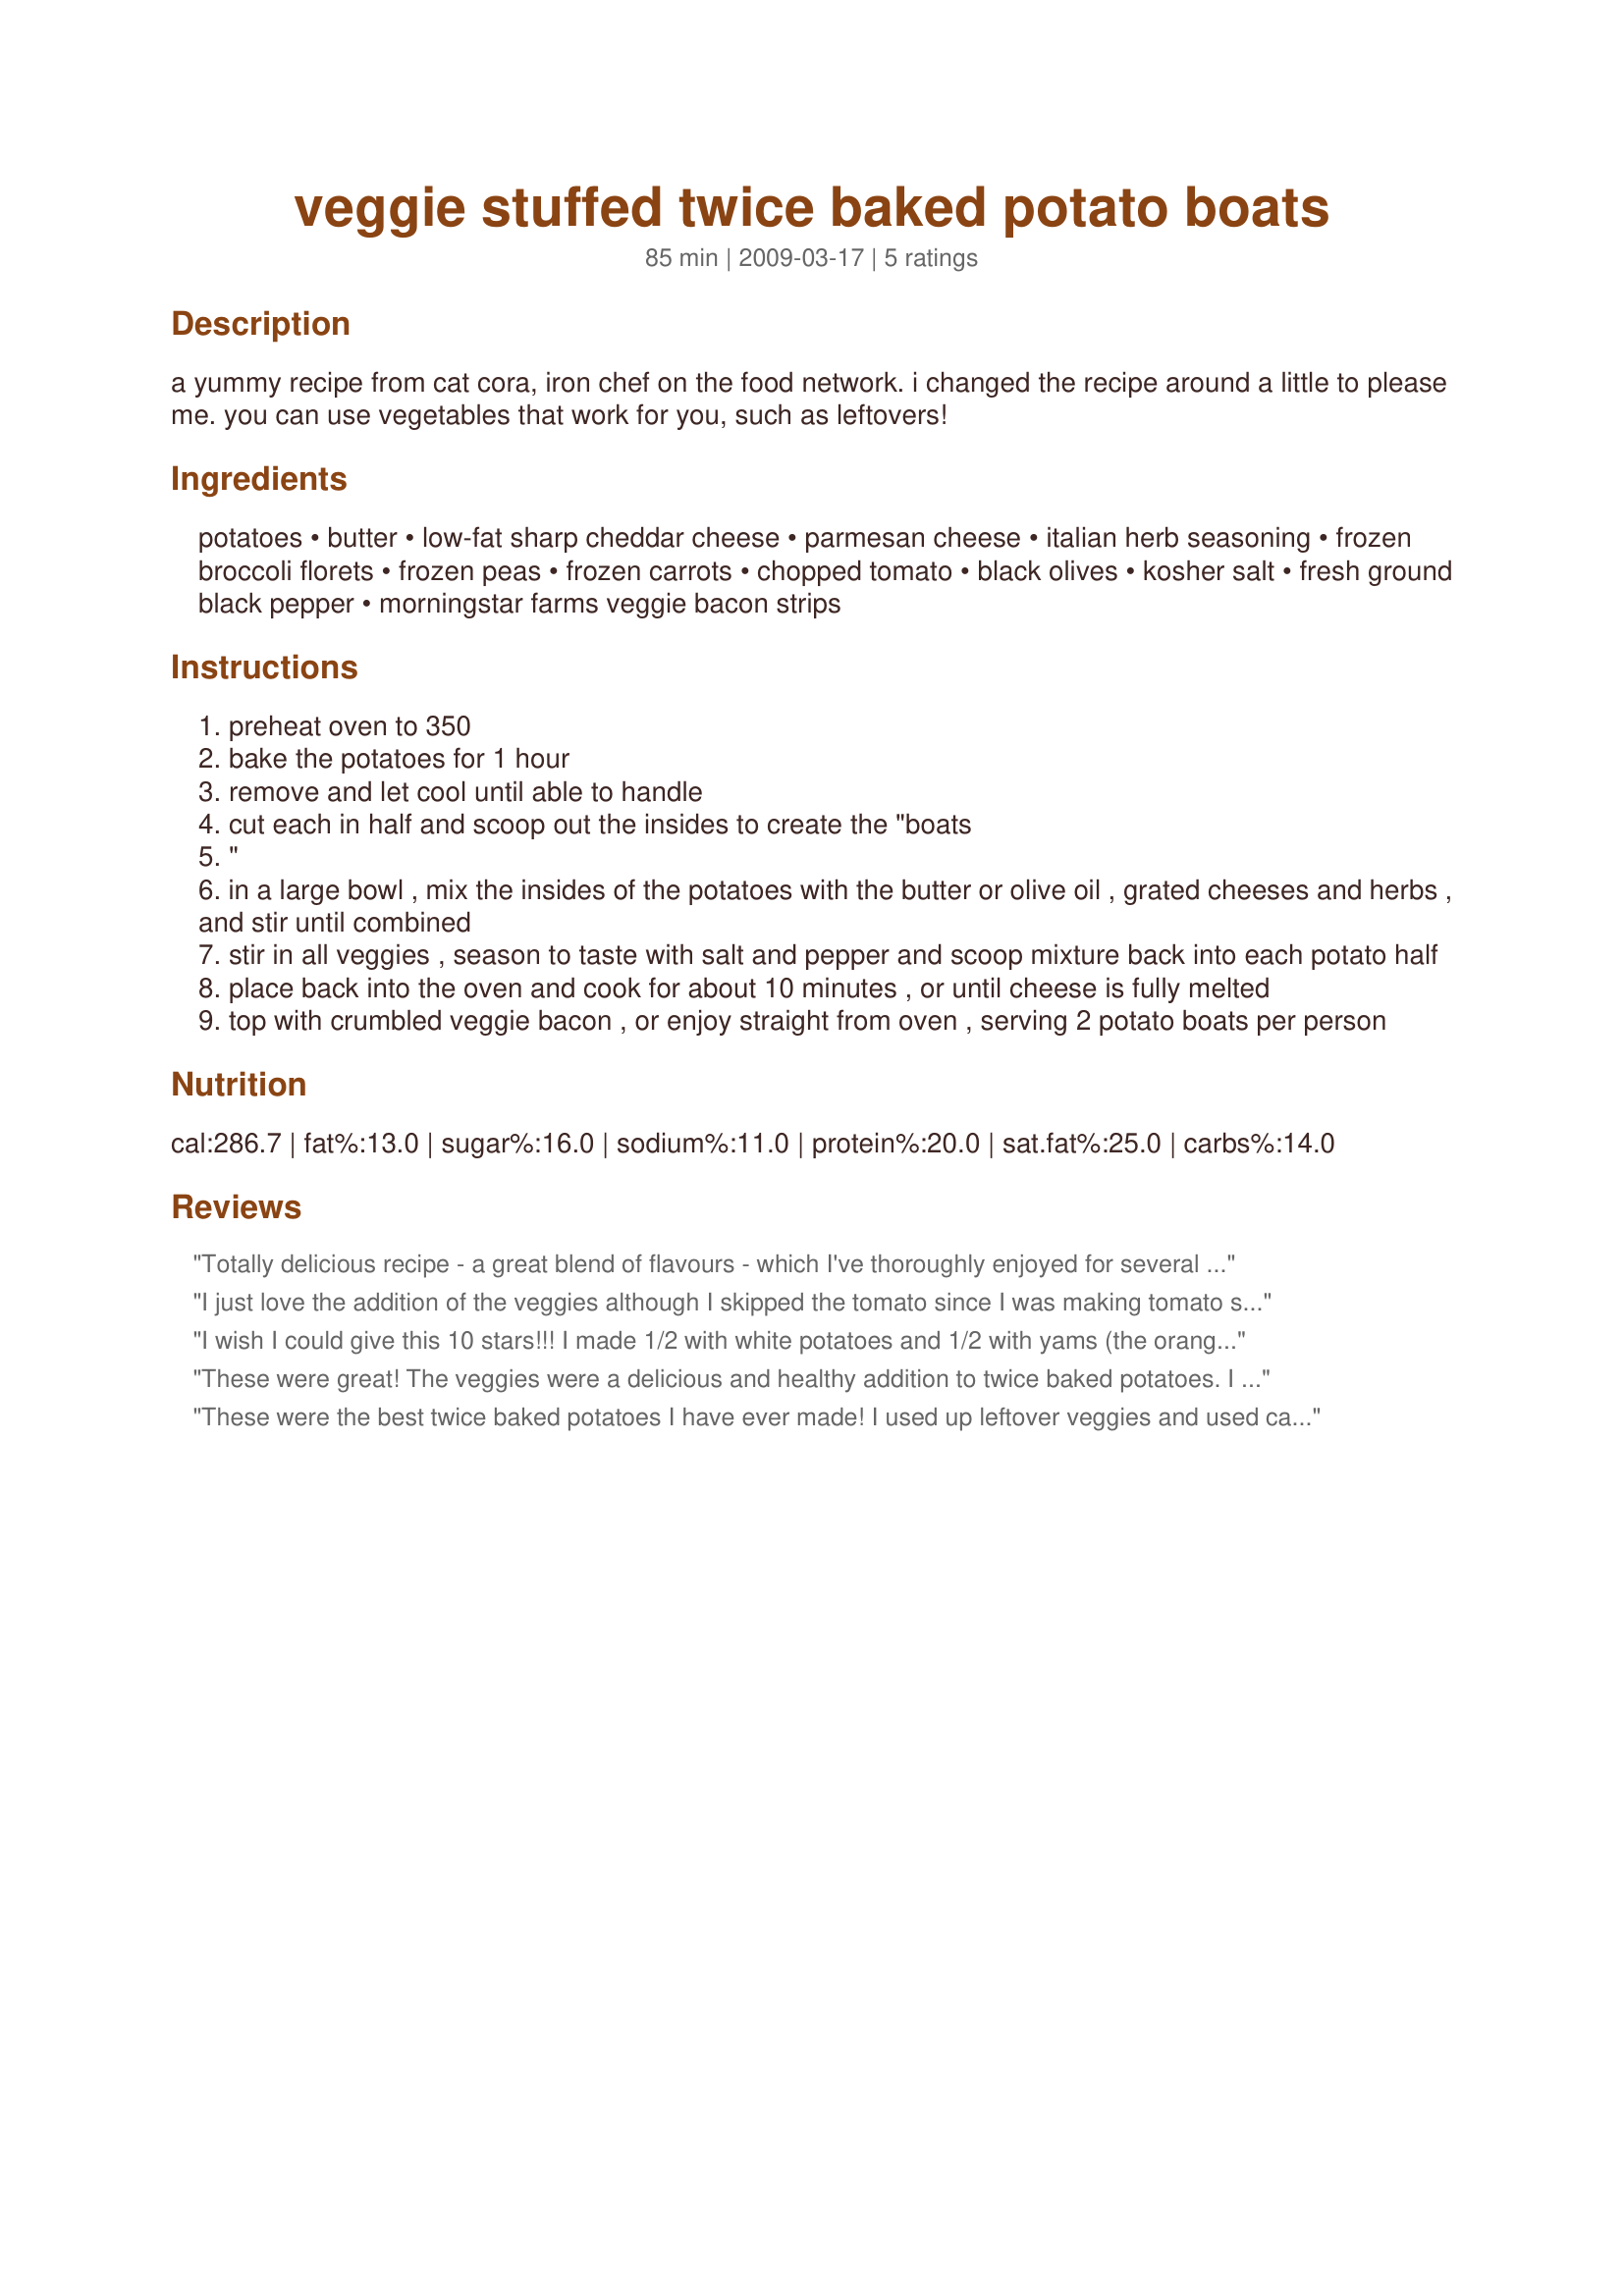
veggie stuffed twice baked potato boats
Preparation time: 85 minutes

a yummy recipe from cat cora, iron chef on the food network. i changed the recipe around a little to please me. you can use vegetables that work for you, such as leftovers!

Ingredients:
potatoes, butter, low-fat sharp cheddar cheese, parmesan cheese, italian herb seasoning, frozen broccoli florets, frozen peas, frozen carrots, chopped tomato, black olives, kosher salt, fresh ground black pepper, morningstar farms veggie bacon strips

Steps:
preheat oven to 350
bake the potatoes for 1 hour
remove and let cool until able to handle
cut each in half and scoop out the insides to create the "boats
"
in a large bowl , mix the insides of the potatoes with the butter or olive oil , grated cheeses and herbs , and stir until combined
stir in all veggies , season to taste with salt and pepper and scoop mixture back into each potato half
place back into the oven and cook for about 10 minutes , or until cheese is fully melted
top with crumbled veggie bacon , or enjoy straight from oven , serving 2 potato boats per person

Reviews:
Totally delicious recipe - a great blend of flavours - which I've thoroughly enjoyed for several take-to-work lunches (so easily heated in the microwave) and this morning's totally yummy breakfast. SO good when something so nutritious is also fabulously flavoursome! :) I made a few changes to meet my taste preferences: I added minced onion and garlic and a sliced leek but did include all the listed vegetables and, of course the other ingredients. I opted for yummy kalamata olives (pitted) and used regular not low fat cheese and regular bacon. What will I do differently next time? Two things: I'll be doubling the recipe so that I can stash some lunch-size single boat portions in the freezer, and I'm going to replace the tomato with mushrooms. I always buy the best tomatoes I can find but they're still often not as flavoursome as tomatoes used to be. And I do love mushrooms. Thank you for sharing this super recipe, Sharon! Made for PRMR.
I just love the addition of the veggies although I skipped the tomato since I was making tomato salad to serve with it, but I can't wait to try it the original way. Thank you.
I wish I could give this 10 stars!!! I made 1/2 with white potatoes and 1/2 with yams (the orange ones) I didn't have any Italian seasoning, so used lemon pepper.
And I left out the olives and bacon strips. These will be made often, as the family just loved them. Thank you Sharon for sharing. I made this for New Kids on the Block tag game.
These were great! The veggies were a delicious and healthy addition to twice baked potatoes. I omitted the salt (personal preference). I am glad I had a feeling we would like these and doubled it - should make a great lunch! Thanks for sharing!
These were the best twice baked potatoes I have ever made! I used up leftover veggies and used canned diced tomatos(well drained). The cheeses we so good and made the potato filling so fluffy. Will be making these often. Made for PRMR.
